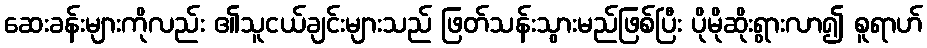
ဆေးခန်းများကိုလည်း ၏သူငယ်ချင်းများသည် ဖြတ်သန်းသွားမည်ဖြစ်ပြီး ပိုမိုဆိုးရွားလာ၍ စူရာဟ်